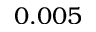
0 . 0 0 5